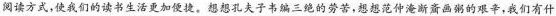
阅读方式，使我们的读书生活更加便捷。想想孔夫子书编三绝的劳苦，想想范仲淹断齑画粥的艰辛，我们有什